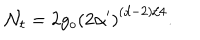
\mathcal { N } _ { t } = 2 g _ { o } \left( 2 \alpha ^ { \prime } \right) ^ { ( d - 2 ) / 4 } .